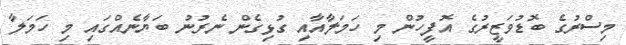
މިސްރުގެ ބޮޑުވަޒީރުގެ އޮފީހުން މި ހަމަލާއާއި ގުޅިގެން ނެރުނު ބަޔާނެއްގައި މި ހަމަލާ